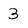
Character: 3